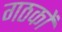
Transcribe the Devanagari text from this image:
गठकों